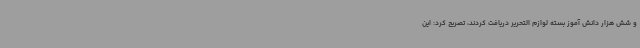
و شش هزار دانش آموز بسته لوازم التحریر دریافت کردند، تصریح کرد: این